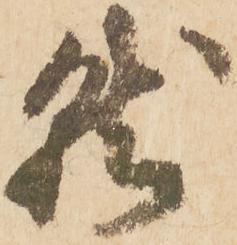
就